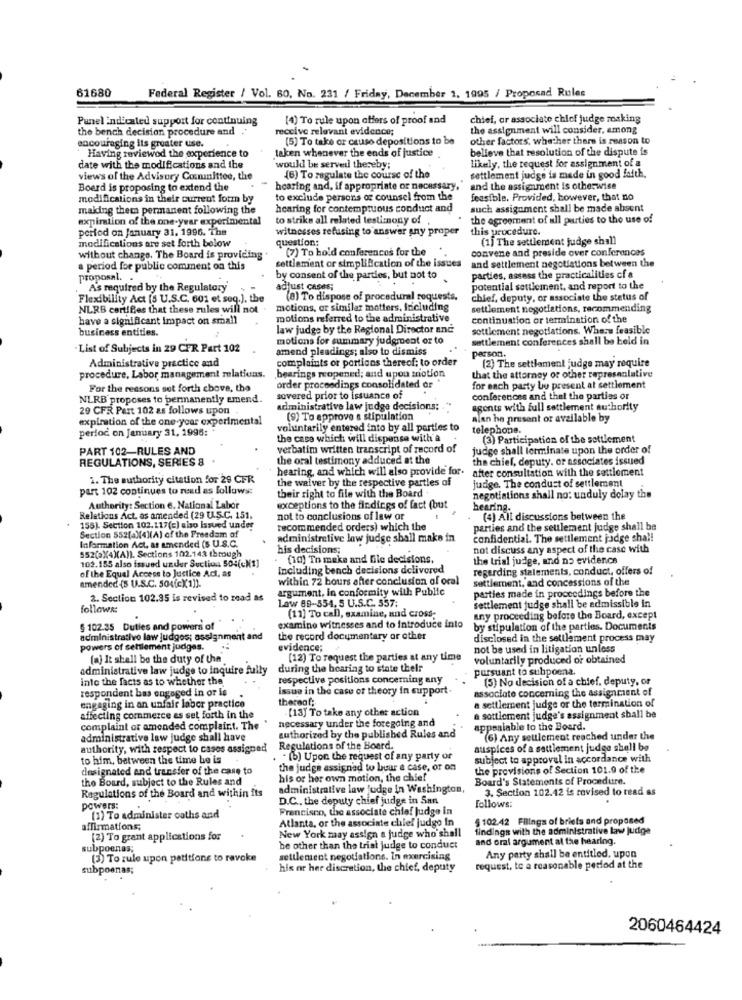
61680
Federal Register / Vol. 60, No. 231 / Friday, December 1, 1995 / Propocad Rules
Punel indicated support for continuing
(4) To rule upon offers of proof and
chief, or associate chief judge making
the bench decision procedure and
receive relevant evidence;
the assignment will consider, among
encouraging its greater use.
(5) To take or cause depositions to be
other factors, whether there is reason to
Having reviewod the experience to
taken whenever the ends of justice
believe that resolution of the dispute is
Likely, the request for assignment of a
date with the modifications and the
would be served thereby;
views of the Advisory Committee, the
(6) To regulate the course of the
settlement judge is made in good faith.
Boerd is proposing to extend the
hearing and, if appropriate or necessary, and the assignment is otherwise
and the assignment is otherwise
modifications in their current form by
to exclude persons or counsel from the
feasible. Provided, however, that no
making them permanent following the
hearing for contemptuous conduct and
such assignment shall be made absent
expiration of the one-year experimental
to strike all related testimony of
the agreement of ull parties to the use of
period on January 31. 1996. The
witnesses refusing to answer any proper
this procedure.
modifications are set forth below
question:
(1) The settlement judge shall
(7) To hold conferences for the
convene and preside over conferences
without change. The Board is providing
settlement or simplification of the issues
and settlement negotiations between the
a period for public comment on this
proposal. .
by consent of the parties, but not to
parties, assess the practicalities cf &
As required by the Regulatory
adjust cases;
potential settlement, and report to the
Flexibility Act (S U.S.C. 601 et seq.), the
(8) To dispose of procedural requests.
chief, deputy, or associate the status of
NLRB certifies that these rules will not .
motions, or similar matters, Including
settlement negotiations, recommending
have a significant impact on small
motions referred to the administrative
continuation or termination of the
business entities.
law judge by the Regional Director and
settlement negotiations. Where feasible
motions for summary judgment or to
settlement conferences shall be held in
.List of Subjects in 29 CFR Part 102
amend pleadings; also to dismiss
person.
Administrative practice and
complaints or portions thereof; to order
(2) The settlement judge may require
procedure, Labor management relations.
bearings reopened; and upon motion
that the attorney or other representative
For the reasons set forth chove, the
order proceedings consolidated or
for each party be present at settlement
NLRB proposes to permanently emend.
sovered prior to issuance of
conferences and thel the parties or
29 CFR Part 102 as follows upon
administrative law judge decisions:
agents with full settlement authority
expiration of the one year experimental
(9) To approve a stipulation
alan be present or available by
perloc on January 31, 1996:
voluntarily entered into by all parties to
telephone.
the case which will dispense with a
(3) Participation of the settlement
PART 102-RULES AND
verbatim written transcript of record of
judge shall terminate upon the order of
REGULATIONS, SERIES 8
the oral testimony adduced at the
the chief, deputy. or associates issued
hearing, and which will also provide for.
after consultation with the settlement
1. The authority citation for 29 CFR
the waiver by the respective partles of
judge. The condust of settlement
part 102 continues to read as follows:
their right to file with the Board
negotiations shall no: unduly dolay the
Authority: Section 6. National Labor
exceptions to the findings of fact (but
hearing.
Relations Act, as amended (29 UL.S.C. 151.
not to conclusions of law or
(4) All discussions between the
155). Section 102.117(c) also Issued under
recommended orders) which the
parties and the seulement judge shall be
Information Act, as amended (s U.S.C.
Section 552(4)(4)(A) of the Freedam of
administrative law judge shall make in
confidential. The settlement jadge shal!
552[X(4)(A)). Sections 102.143 through
his decisions;
not discuss any aspect of the case with
(10) To make and file decisions,
the trial judge, and no evidence
102.155 also issued under Suction 504(ckt]
of the Equal Access to Justice Act, as
Including bench decisions delivered
regarding statements, conduct, offers of
within 72 hours after conclusion of oral
settlement, and concessions of the
amended {8 U.S.C. 504(c) 1]].
argument, in conformity with Public
parties made in proceedings before the
2. Section 102.35 is revised to read as
Law 88-554, 5 U.S.C. 557:
follows:
(11] To call, examine, and cross-
settlement judge shall be admissible in
any proceeding before the Board, except
§ 102.35 Duties and powers of
examine witnesses and to introduce into
by stipulation of the parties. Documents
administrative law judges; assignment and
the record documentary or other
disclosed in the settlement process may
powers of settlement judges.
evidence;
not be used in litigation unless
(a) It shall be the duty of the
[12) To request the parties at any time
voluntarily produced or obtained
administrative law judge to inquire fully
during the hearing to state their
pursuant to subpoena.
into the facts as to whether the
respective positions concerning any
(5) No decision of a chief, deputy, or
Issue in the case of theory in support-
associate concerning the assignment of
respondent bas engaged in or is
thereof;
a settlement judge or the termination of
engaging in an unfair labor practice
[13] To take any other action
affecting commerce as set forth in the
necessary under the foregoing and
a sottlement judge's assignment shall be
complaint or amended complaint. The
authorized by the published Rules and
appealable to the Board.
administrative law judge shall have
(6) Any settlement reached under the
authority, with respect to cases assigned
Regulations of the Board.
auspices of a settlement judge shall be
to him, between the time he is
. (5) Upon the request of any party or
subject to approvel in accordance with
designated and transfer of the case to
the judge assigned to Luar a case, or on
the provisions of Section 101.9 of the
the Board, subject to the Rules and
his or her own motion, the chief
Board's Statements of Procedure.
Regulations of the Board and within its
administrative law judge in Washington,
3. Section 102.42 is revised to read as
D.C ., the deputy chief judge in San
follows:
powers:
Francisco, the associate chief judge in
(1) To administer oaths and
Atlanta, or the associate chief judgo In
§ 102.42 Filings of briets and proposed
affirmations;
New York may assign a judge who shall
findings with the administrative law judge
(2) To grant applications for
and oral argument at the hearing
subpoenas;
be other than the trial judge to conduct
Any party shall be entitled. upon
(3) To rule upon petitions to revoke
settlement negotiations. In exercising
subpoenas;
his or her discretion, the chief, deputy
request, te a reasonable period at the
2060464424